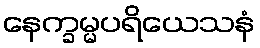
နေက္ခမ္မပရိယေသနံ